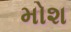
મોશ